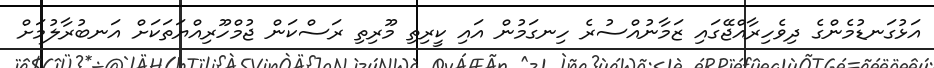
އަޅުގަނޑުމެންގެ ދިވެހިރާއްޖޭގައި ޒަމާނުއްސުރެ ހިނގަމުން އައި ކީރިތި މޫރިތި ރަސްކަން ޖުމްހޫރިއްޔަތަކަށް އަނބުރާލުމަށް